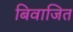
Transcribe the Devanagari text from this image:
बिवाजित